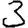
Digit: 3